Lunatic asylums Madras 1877-1891 - 1877-1891
Year: 1877
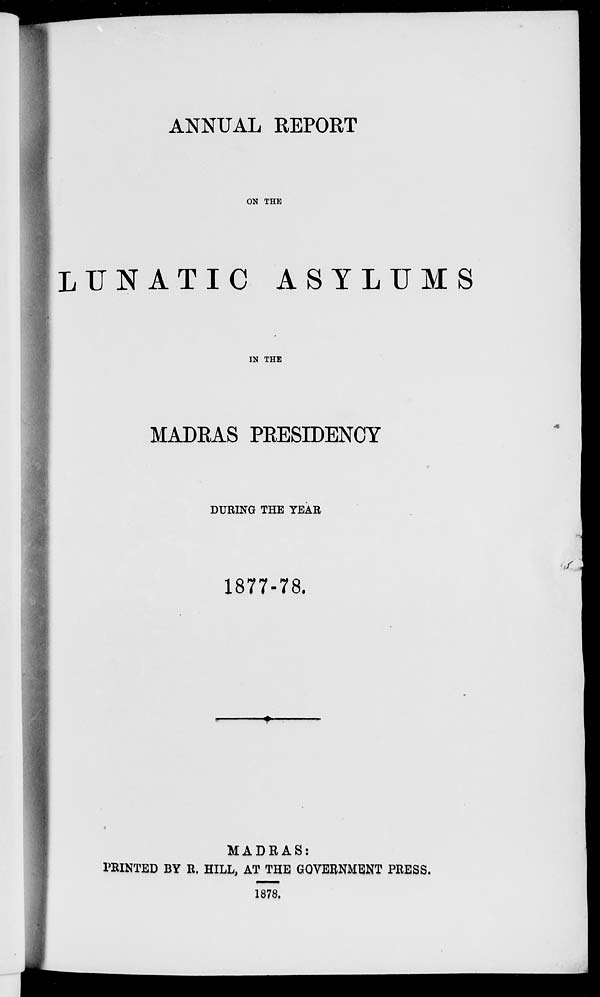
ANNUAL REPORT
ON THE
LUNATIC ASYLUMS
IN THE
MADRAS PRESIDENCY
DURING THE YEAR
1877-78.
MADRAS:
PRINTED BY R. HILL, AT THE GOVERNMENT PRESS.
1878.